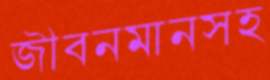
জীবনমানসহ